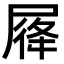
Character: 𡲛